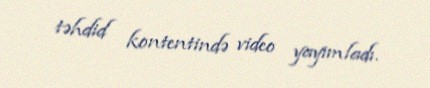
təhdid kontentində video yayımladı.